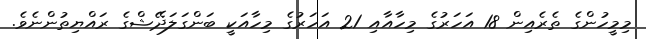
މިމީހުންގެ ތެރެއިން 18 އަހަރުގެ މިހާއާއި 21 އަހަރުގެ މިހާއަކީ ބަންގަލަދޭޝްގެ ރައްޔިތުންނެވެ.